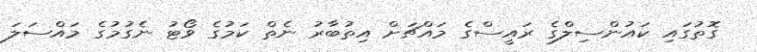
ގޮތުގައި ކައުންސިލްގެ ރައީސްގެ މައްޗަށް އިތުބާރު ނެތް ކަމުގެ ވޯޓު ނެގުމުގެ މައްސަލަ